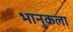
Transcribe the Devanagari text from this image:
भानुकला